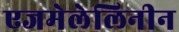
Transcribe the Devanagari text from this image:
एजमेलेलिनीन